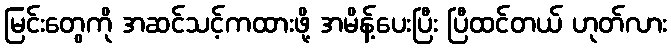
မြင်းတွေကို အဆင်သင့်ကထားဖို့ အမိန့်ပေးပြီး ပြီထင်တယ် ဟုတ်လား